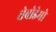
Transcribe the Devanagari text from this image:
रोबोडेमो